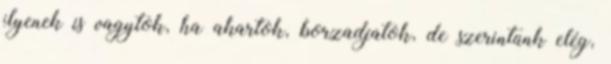
ilyenek is vagytok, ha akartok, borzadjatok, de szerintünk elég,